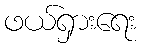
ဖယ်ရှားရေး